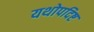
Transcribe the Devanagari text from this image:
यथोपदिष्ट